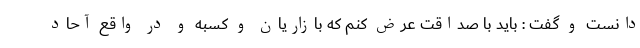
دانست و گفت : باید با صداقت عرض کنم که بازاریان و کسبه و در واقع آحاد